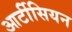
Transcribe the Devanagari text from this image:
आर्टीसियन